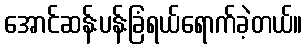
အောင်ဆန်းပန်းခြံရယ်ရောက်ခဲ့တယ်။